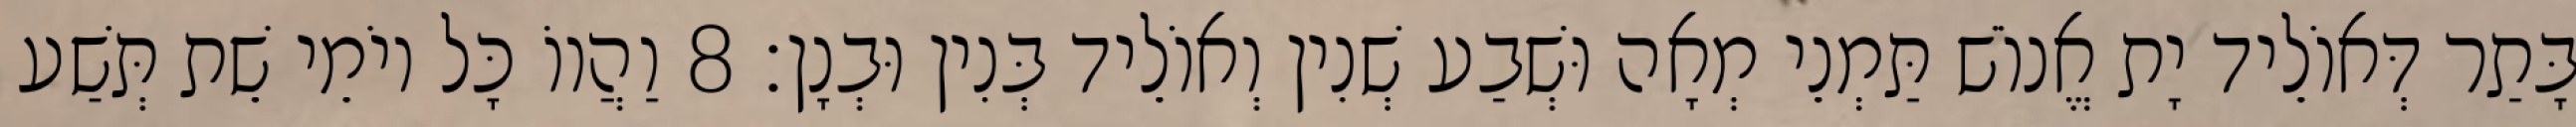
בָּתַר דְּאוֹלֵיד יָת אֱנוֹשׁ תַּמְנֵי מְאָה וּשְׁבַע שְׁנִין וְאוֹלֵיד בְּנִין וּבְנָן׃ 8 וַהֲווֹ כָּל יוֹמֵי שֵׁת תְּשַׁע